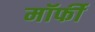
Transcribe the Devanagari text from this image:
मॉर्फी